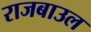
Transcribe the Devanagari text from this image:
राजबाउल